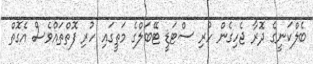
ބެލްކަނީގެ ދޮރާ ޖެހިގެން ހުރި ސްޓަޑީ ޓޭބަލްގެ މަތީގައި ހުރި ފޮތްތައްވެސް އެގޮތް